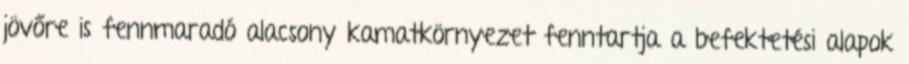
jövőre is fennmaradó alacsony kamatkörnyezet fenntartja a befektetési alapok